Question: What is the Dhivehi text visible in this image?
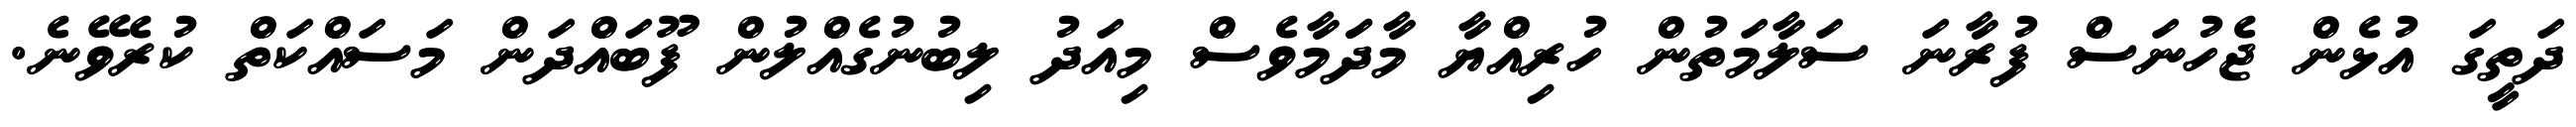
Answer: ދަތީގަ އުޅެން ޖެހުނަސް ފުރާނަ ސަލާމަތުން ހުރިއްޔާ މާދަަމާވެސް މިއަދު ލިބުނުގެއްލުން ފޫބައްދަން މަސައްކަތް ކުރެވޭނެ.